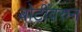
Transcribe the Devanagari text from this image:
बोटींवरुन